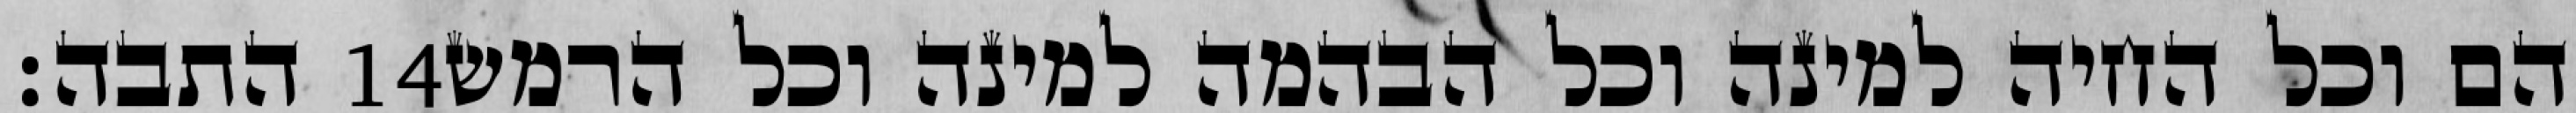
התבה׃ ‎14‏ הם וכל החיה למינה וכל הבהמה למינה וכל הרמש